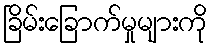
ခြိမ်းခြောက်မှုများကို